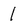
Character: 1